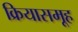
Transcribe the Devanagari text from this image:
क्रियासमूह